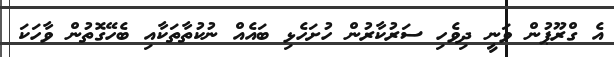
އެ ގްރޫޕުން ވަނީ ދިވެހި ސަރުކާރުން ހުށަހެޅި ބައެއް ނުކުތާތަކާއި ބެހޭގޮތުން ވާހަކަ